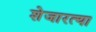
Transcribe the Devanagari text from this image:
शेजारत्या